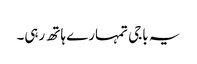
یہ باجی تمہارے ہاتھ رہی۔